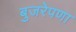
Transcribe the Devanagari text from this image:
बुजरेपणा